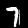
Digit: 7